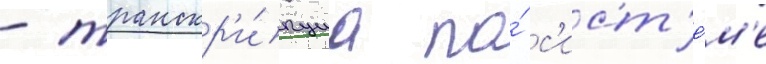
- транскр'и́пциа по́ с'ист'е́м'е